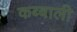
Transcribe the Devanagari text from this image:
कब्बाली